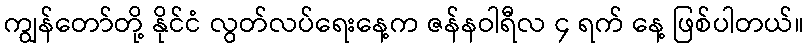
ကျွန်တော်တို့ နိုင်ငံ လွတ်လပ်ရေးနေ့က ဇန်နဝါရီလ ၄ ရက် နေ့ ဖြစ်ပါတယ်။